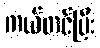
ကယ်တင်ပြီး